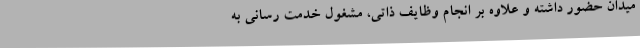
میدان حضور داشته و علاوه بر انجام وظایف ذاتی، مشغول خدمت رسانی به